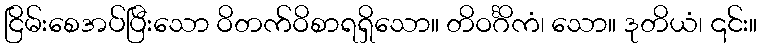
ငြိမ်းစေအပ်ပြီးသော ဝိတက်ဝိစာရရှိသော။ တိဝင်္ဂိကံ၊ သော။ ဒုတိယံ၊ ၎င်း။